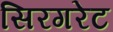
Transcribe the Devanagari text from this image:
सिरगरेट